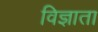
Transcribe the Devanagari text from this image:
विज्ञाता